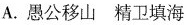
A.愚公移山精卫填海